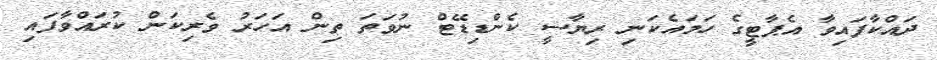
ދައްކާފައިވާ އެޕާޓީގެ ހަމައެކަނި ރިޔާސީ ކެންޑިޑޭޓް ނުވަތަ ތިން އަހަރު ވެރިކަން ކުރައްވާފައި